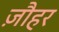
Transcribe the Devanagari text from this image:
ज़ौहर